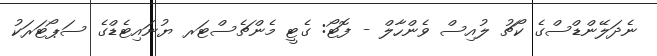
ނެދަލޭންޑްސްގެ ކޯޗު ލުއިސް ވެންހާލް - ފޮޓޯ: ގެޓީ މެންޗެސްޓަރ ޔުނައިޓެޑްގެ ސަޕޯޓަރަކު